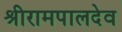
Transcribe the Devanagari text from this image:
श्रीरामपालदेव